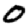
Digit: 0